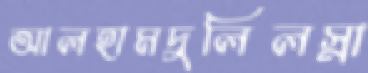
আলহামদুলিলস্না